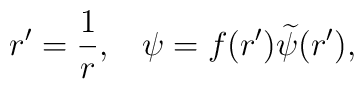
r'={1\over r},\;\;\;\psi=f(r'){\widetilde{\psi}}(r'),